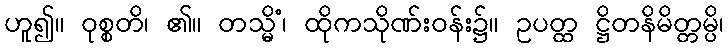
ဟူ၍။ ဝုစ္စတိ၊ ၏။ တသ္မိံ၊ ထိုကသိုဏ်းဝန်း၌။ ဥပတ္ထ ဋ္ဌိတနိမိတ္တမ္ပိ၊